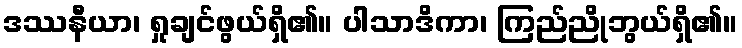
ဒဿနီယာ၊ ရှုချင်ဖွယ်ရှိ၏။ ပါသာဒိကာ၊ ကြည်ညိုဘွယ်ရှိ၏။